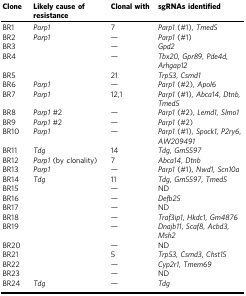
<table><thead><tr><td><b>Clone</b></td><td><b>Likely cause of resistance</b></td><td><b>Clonal with</b></td><td><b>sgRNAs identified</b></td></tr></thead><tbody><tr><td>BR1</td><td><i>Parp1</i></td><td>7</td><td><i>Parp1</i> (#1), <i>Tmed5</i></td></tr><tr><td>BR2</td><td><i>Parp1</i></td><td>—</td><td><i>Parp1</i> (#1)</td></tr><tr><td>BR3</td><td></td><td>—</td><td><i>Gpd2</i></td></tr><tr><td>BR4</td><td></td><td>—</td><td><i>Tbx20</i>, <i>Gpr89</i>, <i>Pde4d</i>, <i>Arhgap12</i></td></tr><tr><td>BR5</td><td></td><td>21</td><td><i>Trp53</i>, <i>Csmd1</i></td></tr><tr><td>BR6</td><td><i>Parp1</i></td><td>—</td><td><i>Parp1</i> (#2), <i>Apol6</i></td></tr><tr><td>BR7</td><td><i>Parp1</i></td><td>12,1</td><td><i>Parp1</i> (#1), <i>Abca14</i>, <i>Dtnb, Tmed5</i></td></tr><tr><td>BR8</td><td><i>Parp1</i> #2</td><td>—</td><td><i>Parp1</i> (#2), <i>Lemd1</i>, <i>Slmo1</i></td></tr><tr><td>BR9</td><td><i>Parp1</i> #2</td><td>—</td><td><i>Parp1</i> (#2)</td></tr><tr><td>BR10</td><td><i>Parp1</i></td><td>—</td><td><i>Parp1</i> (#1), <i>Spock1</i>, <i>P2ry6</i>, <i>AW209491</i></td></tr><tr><td>BR11</td><td><i>Tdg</i></td><td>14</td><td><i>Tdg</i>, <i>Gm5597</i></td></tr><tr><td>BR12</td><td><i>Parp1</i> (by clonality)</td><td>7</td><td><i>Abca14</i>, <i>Dtnb</i></td></tr><tr><td>BR13</td><td><i>Parp1</i></td><td>—</td><td><i>Parp1</i> (#1), <i>Nwd1</i>, <i>Scn10a</i></td></tr><tr><td>BR14</td><td><i>Tdg</i></td><td>11</td><td><i>Tdg</i>, <i>Gm5597</i>, <i>Tmed5</i></td></tr><tr><td>BR15</td><td></td><td>—</td><td>ND</td></tr><tr><td>BR16</td><td></td><td>—</td><td><i>Defb25</i></td></tr><tr><td>BR17</td><td></td><td>—</td><td>ND</td></tr><tr><td>BR18</td><td></td><td>—</td><td><i>Traf3ip1</i>, <i>Hkdc1</i>, <i>Gm4876</i></td></tr><tr><td>BR19</td><td></td><td>—</td><td><i>Dnajb11</i>, <i>Scaf8</i>, <i>Acbd3</i>, <i>Msh2</i></td></tr><tr><td>BR20</td><td></td><td>—</td><td>ND</td></tr><tr><td>BR21</td><td></td><td>5</td><td><i>Trp53, Csmd3</i>, <i>Chst15</i></td></tr><tr><td>BR22</td><td></td><td>—</td><td><i>Cyp2r1</i>, <i>Tmem69</i></td></tr><tr><td>BR23</td><td></td><td>—</td><td>ND</td></tr><tr><td>BR24</td><td><i>Tdg</i></td><td>—</td><td><i>Tdg</i></td></tr></tbody></table>